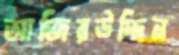
আজিরউদ্দিন